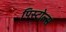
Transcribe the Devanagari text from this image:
पिस्टोल्स